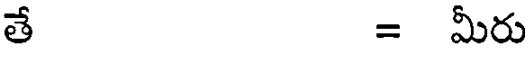
తే = మీరు